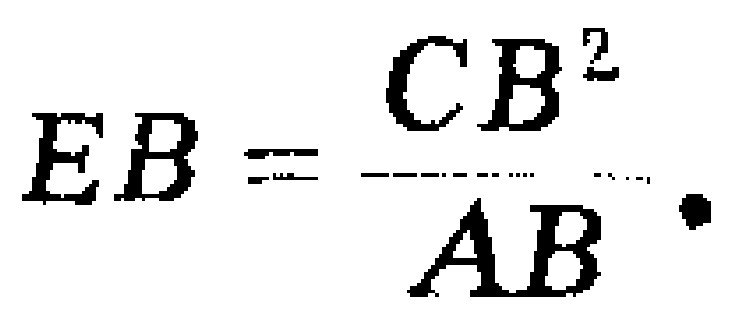
$EB=\frac{CB^{2}}{AB}.$